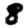
Digit: 8